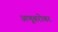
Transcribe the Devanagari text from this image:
अणूबरोबर